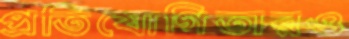
প্রতিযোগিতারও